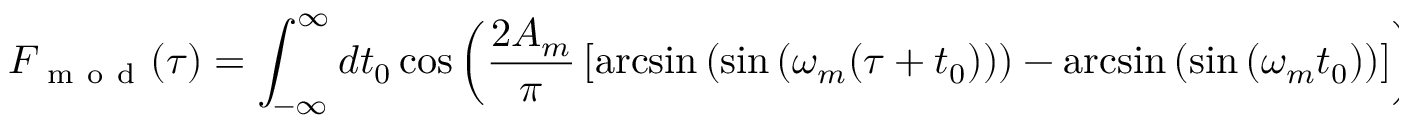
F _ { \mathrm { ~ m ~ o ~ d ~ } } ( \tau ) = \int _ { - \infty } ^ { \infty } d t _ { 0 } \cos \left( \frac { 2 A _ { m } } { \pi } \left[ \arcsin \left( \sin \left( \omega _ { m } ( \tau + t _ { 0 } ) \right) \right) - \arcsin \left( \sin \left( \omega _ { m } t _ { 0 } \right) \right) \right] \right) .